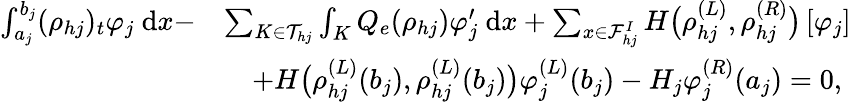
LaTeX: \begin{array}{rl}{\int_{a_{j}}^{b_{j}}(\rho_{hj})_{t}\varphi_{j}\ \mathrm{d}x-}&{\sum_{K\in\mathcal{T}_{hj}}\int_{K}Q_{e}(\rho_{hj})\varphi_{j}^{\prime}\ \mathrm{d}x+\sum_{x\in\mathcal{F}_{hj}^{I}}H\big(\rho_{hj}^{(L)},\rho_{hj}^{(R)}\big)\left[\varphi_{j}\right]}\\ &{\quad+H\big(\rho_{hj}^{(L)}(b_{j}),\rho_{hj}^{(L)}(b_{j})\big)\varphi_{j}^{(L)}(b_{j})-H_{j}\varphi_{j}^{(R)}(a_{j})=0,}\end{array}